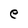
Character: e